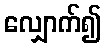
လျှောက်၍